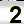
Digit: 2